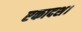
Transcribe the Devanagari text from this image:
एकादश।